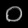
Digit: ၀